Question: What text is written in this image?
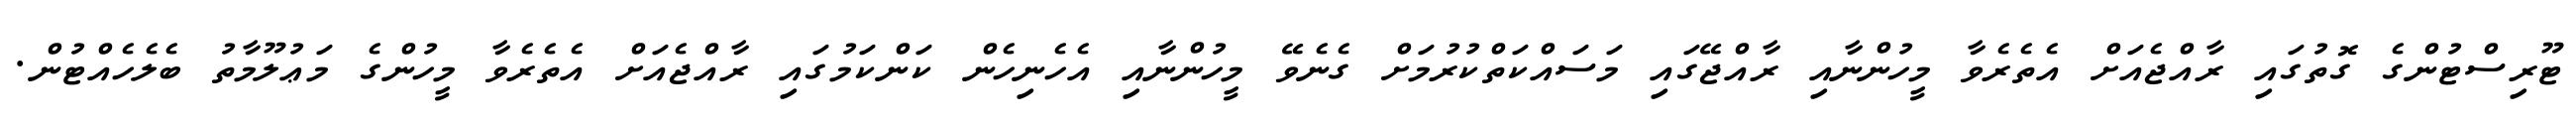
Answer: ޓޫރިސްޓުންގެ ގޮތުގައި ރާއްޖެއަށް އެތެރެވާ މީހުންނާއި ރާއްޖޭގައި މަސައްކަތްކުރުމަށް ގެނެވޭ މީހުންނާއި އެހެނިހެން ކަންކަމުގައި ރާއްޖެއަށް އެތެރެވާ މީހުންގެ މަޢުލޫމާތު ބެލެހެއްޓުން.